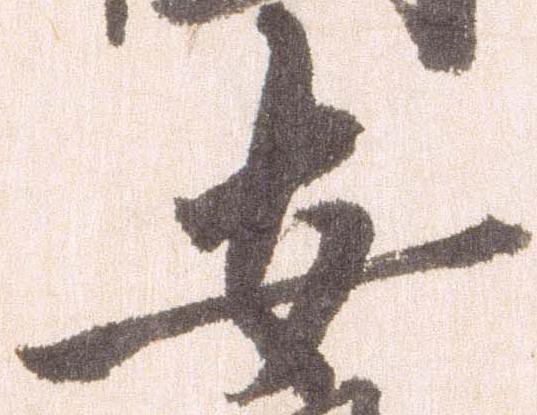
安